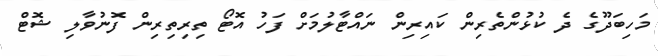
މަހިބަދޫގެ ދެ ކުޅުންތެރިން ކައިރިން ނައްޓާލުމަށް ފަހު އޮޓޯ ތިރިތިރިން ފޮނުވާލި ޝޮޓް